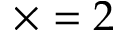
\times = 2